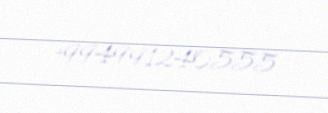
+994991240555